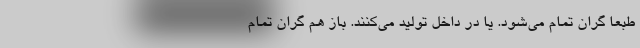
طبعا گران تمام می‌شود. یا در داخل تولید می‌کنند. باز هم گران تمام